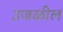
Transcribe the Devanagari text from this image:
उजळील